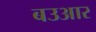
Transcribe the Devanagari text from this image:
बउआर